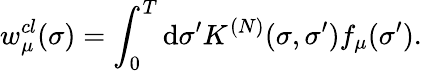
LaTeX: w_{\mu}^{cl}(\sigma)=\int_{0}^{T}\mathrm{d}\sigma^{\prime}K^{(N)}(\sigma,\sigma^{\prime})f_{\mu}(\sigma^{\prime}).